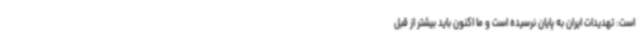
است: تهدیدات ایران به پایان نرسیده است و ما اکنون باید بیشتر از قبل